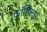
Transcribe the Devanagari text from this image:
फ़ॉसिलस